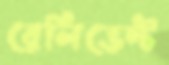
রেলিভেন্ট